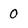
Character: 0